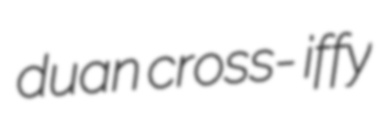
duan cross- iffy